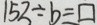
1 5 2 \div b \equiv \square